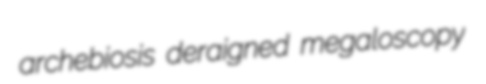
archebiosis deraigned megaloscopy